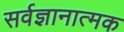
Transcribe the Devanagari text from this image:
सर्वज्ञानात्मक